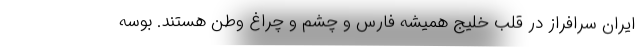
ایران سرافراز در قلب خلیج همیشه فارس و چشم و چراغ وطن هستند. بوسه